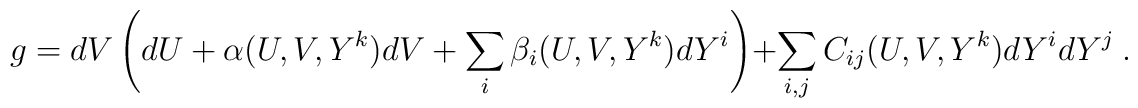
g = dV \left( dU + \alpha (U,V,Y^k) dV + \sum_i \beta_i(U,V,Y^k) d Y^i \right)   + \sum_{i,j} C_{ij} (U,V,Y^k) dY^i dY^j ~.